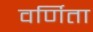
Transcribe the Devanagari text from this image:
वर्णिता